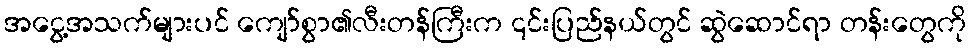
အငွေ့အသက်များပင် ကျော်စွာ၏လီးတန်ကြီးက ၎င်းပြည်နယ်တွင် ဆွဲဆောင်ရာ တန်းတွေကို